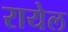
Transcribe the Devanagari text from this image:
रायेल